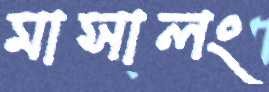
মাসালং